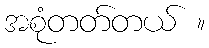
အစုံတတ်တယ် ။